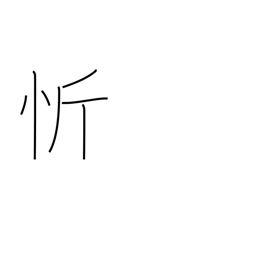
Meaning: open one's heart